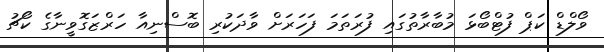
ވޯލްޑް ކަޕް ފުޓްބޯޅަ މުބާރާތުގައި ފުރަތަމަ ފަހަރަށް ވާދަކުރި ބޮސްނިއާ ހަރްޒަގޮވީނާގެ ކޯޗު